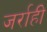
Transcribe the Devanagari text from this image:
जर्राही